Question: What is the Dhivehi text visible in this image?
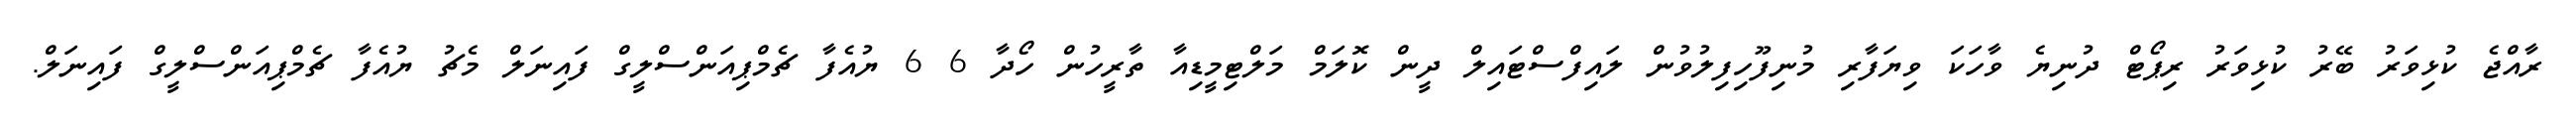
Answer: ރާއްޖެ ކުޅިވަރު ބޭރު ކުޅިވަރު ރިޕޯޓް ދުނިޔެ ވާހަކަ ވިޔަފާރި މުނިފޫހިފިލުވުން ލައިފްސްޓައިލް ދީން ކޮލަމް މަލްޓިމީޑިއާ ތާރީހުން ހޯދާ 6 6 ޔުއެފާ ޗެމްޕިއަންސްލީގް ފައިނަލް މެޗު ޔުއެފާ ޗެމްޕިއަންސްލީގް ފައިނަލް.